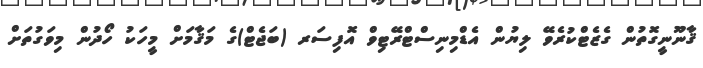
ޤާނޫނީގޮތުން ގެޒެޓްކުރެވޭ ލިޔުން އެޑްމިނިސްޓްރޭޓިވް އޮފިސަރ (ބަޖެޓް)ގެ މަޤާމަށް މީހަކު ހޯދުން މިވަގުތަށް